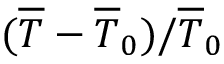
( \overline { { T } } - \overline { { T } } _ { 0 } ) / \overline { { T } } _ { 0 }